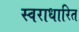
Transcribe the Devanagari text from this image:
स्वराधारित